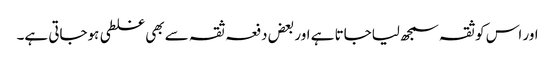
اور اس کو ثقہ سمجھ لیاجاتا ہے اور بعض دفعہ ثقہ سے بھی غلطی ہوجاتی ہے۔